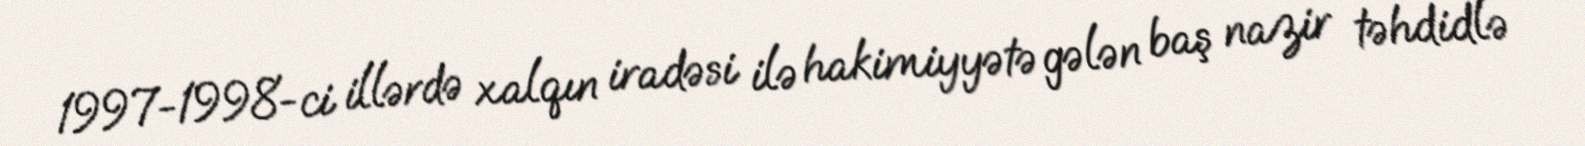
1997-1998-ci illərdə xalqın iradəsi ilə hakimiyyətə gələn baş nazir təhdidlə